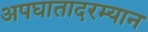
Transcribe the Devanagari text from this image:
अपघातादरम्यान